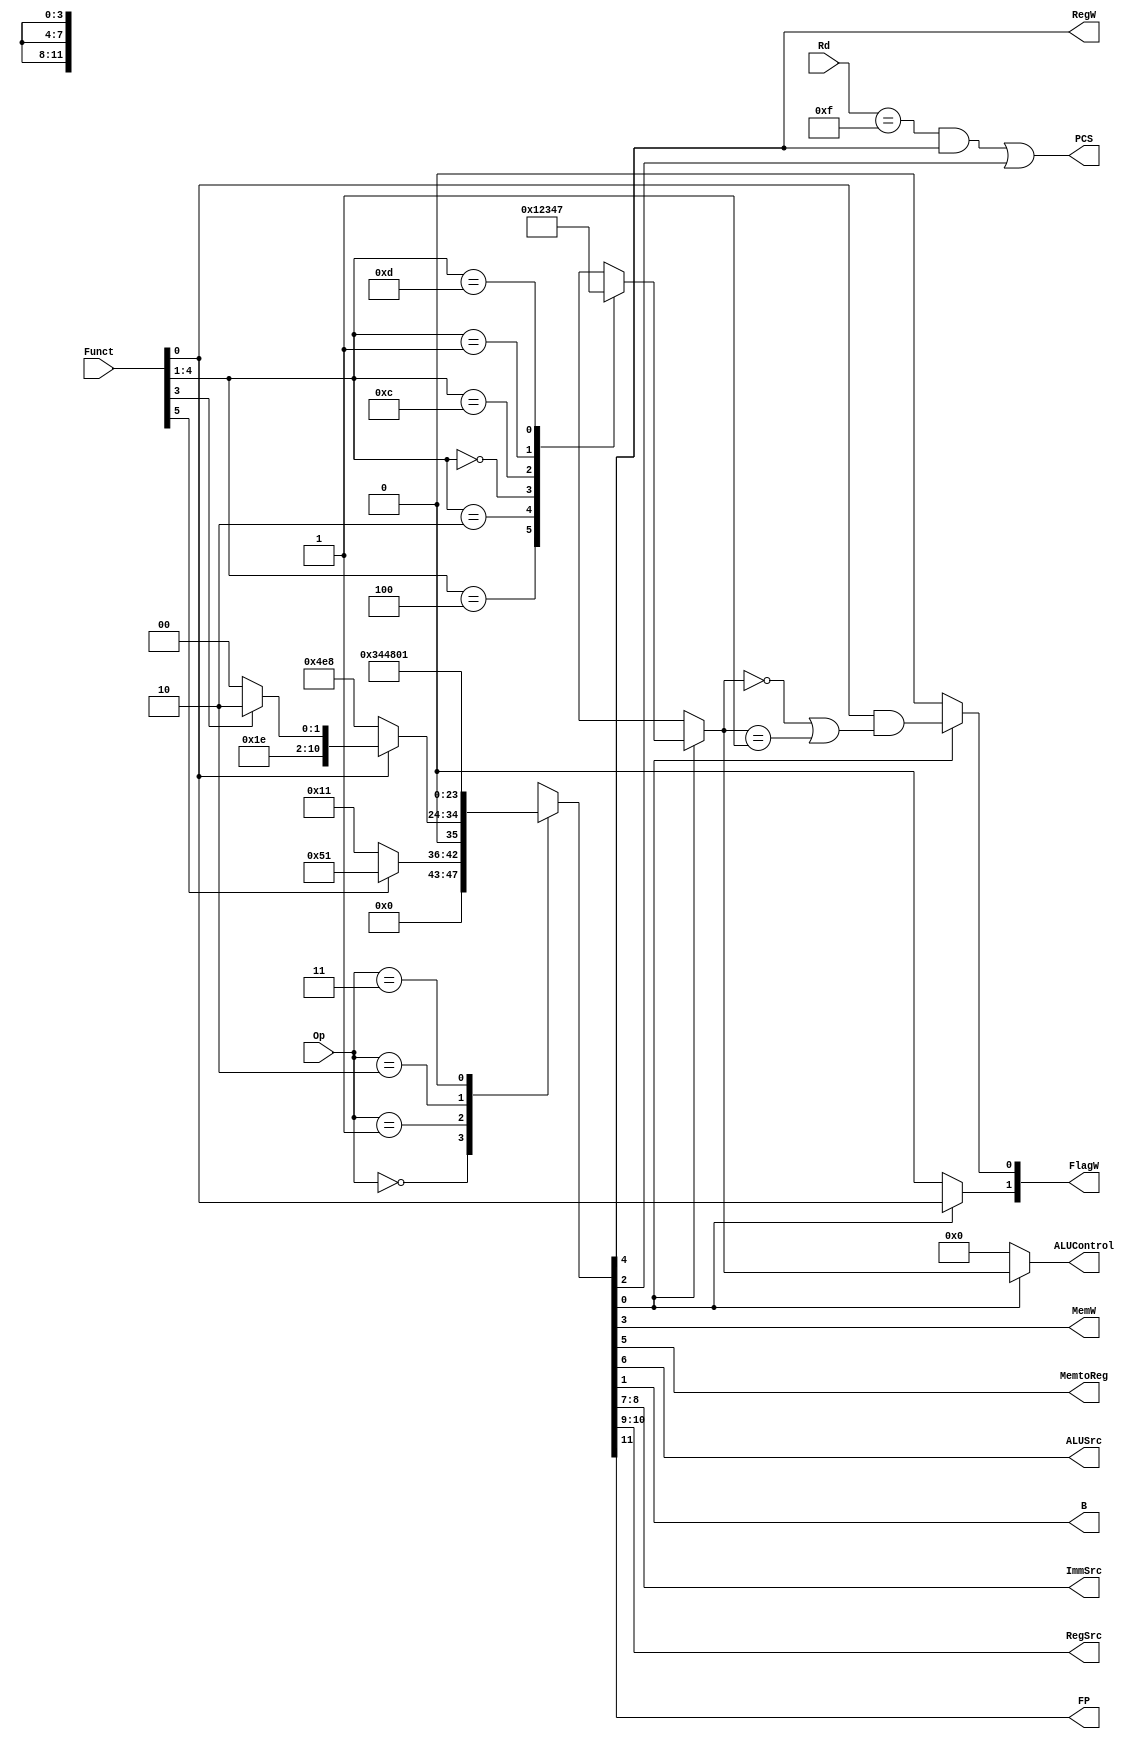
module decode (
	Op,
	Funct,
	Rd,
	FlagW,
	PCS,
	RegW,
	MemW,
	MemtoReg,
	ALUSrc,
	B,
	ImmSrc,
	RegSrc,
	ALUControl,
	FP
);
	input wire [1:0] Op;
	input wire [5:0] Funct;
	input wire [3:0] Rd;
	output reg [1:0] FlagW;
	output wire PCS;
	output wire RegW;
	output wire MemW;
	output wire MemtoReg;
	output wire ALUSrc;
	output wire B;
	output wire FP;
	output wire [1:0] ImmSrc;
	output wire [1:0] RegSrc;
	output reg [3:0] ALUControl;
	reg [11:0] controls;
	wire Branch;
	wire ALUOp;
	always @(*)
		casex (Op)
			2'b00:
				if (Funct[5])
						controls = 12'b000001010001;
				else
						controls = 12'b000000010001;
			2'b01:
				if (Funct[0]) begin
					if(Funct[3])
						controls = 12'b00001111010;
					else 
						controls = 12'b00001111000;
				end
				else
						controls = 12'b010011101000;
			2'b10: 		controls = 12'b001101000100;
			2'b11:		controls = 12'b100000000001;
			default: 	controls = 12'bxxxxxxxxxxxx;
		endcase
	assign {FP,RegSrc, ImmSrc, ALUSrc, MemtoReg, RegW, MemW, Branch, B, ALUOp} = controls;
	
	always @(*)
		if (ALUOp) begin
			case (Funct[4:1])
				4'b0100: ALUControl = 4'b0000;
				4'b0010: ALUControl = 4'b0001;
				4'b0000: ALUControl = 4'b0010;
				4'b1100: ALUControl = 4'b0011;
				4'b0001: ALUControl = 4'b0100;
				4'b1101: ALUControl = 4'b0111;
				default: ALUControl = 4'bxxxx;
			endcase
			FlagW[1] = Funct[0];
			FlagW[0] = Funct[0] & ((ALUControl == 4'b0000) | (ALUControl == 4'b0001));
		end
		else begin
			ALUControl = 4'b0000;
			FlagW = 2'b00;
		end
	assign PCS = ((Rd == 4'b1111) & RegW) | Branch;
endmodule